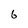
Character: 6